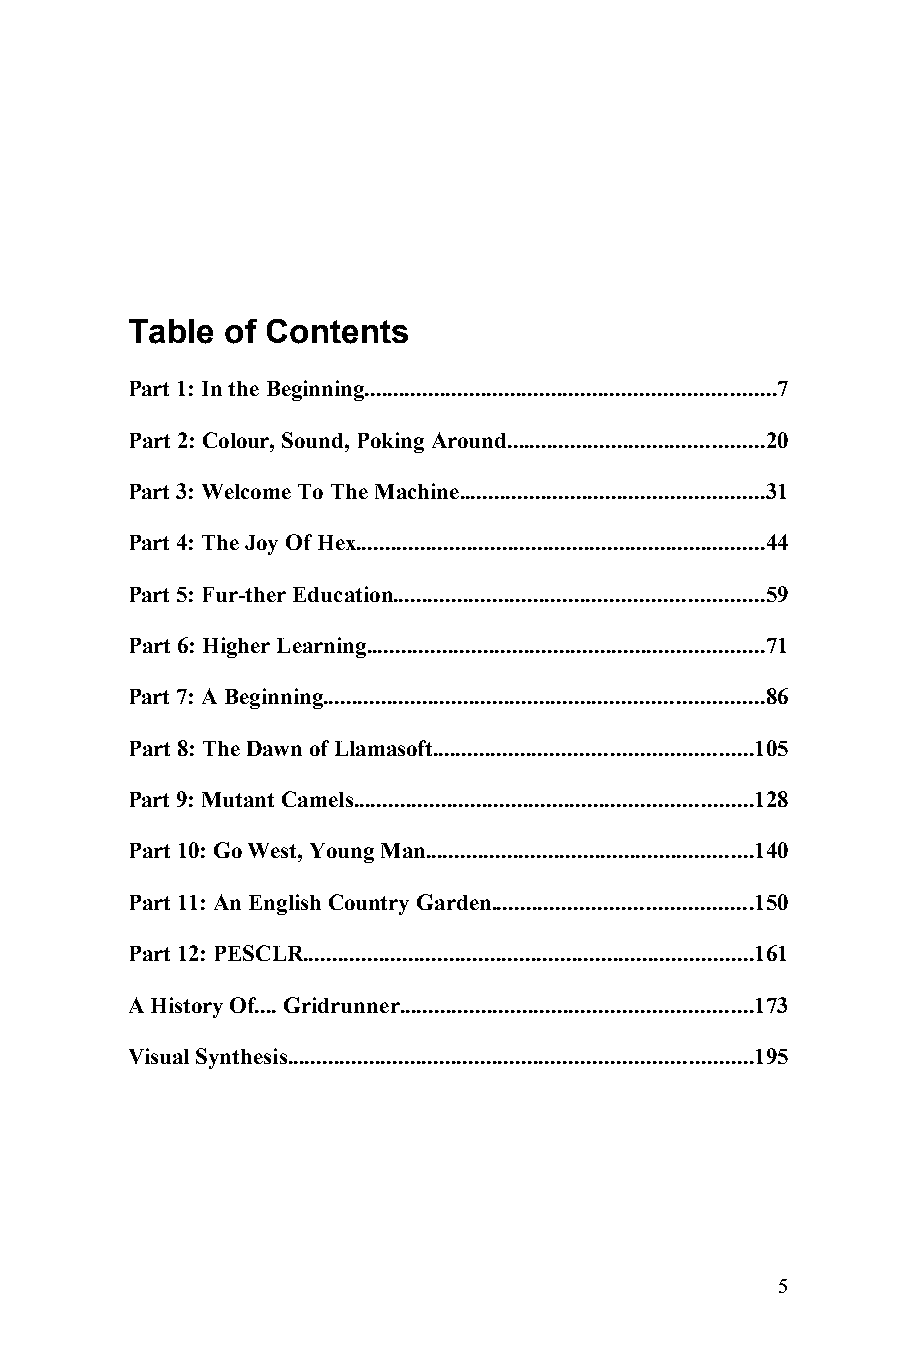
Table  of Contents
 Part 1: In the Beginning......................................................................7
 Part 2: Colour, Sound, Poking Around............................................20
 Part 3: Welcome To The Machine....................................................31
 Part 4: The Joy Of Hex......................................................................44
 Part 5: Fur-ther Education...............................................................59
 Part 6: Higher Learning....................................................................71
 Part 7: A Beginning...........................................................................86
 Part 8: The Dawn of Llamasoft......................................................105
 Part 9: Mutant Camels....................................................................128
 Part 10: Go West, Young Man........................................................140
 Part 11: An English Country Garden............................................150
 Part 12: PESCLR.............................................................................161
 A History Of.... Gridrunner............................................................173
 Visual Synthesis...............................................................................195
 5